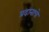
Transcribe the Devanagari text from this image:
प्रदानाचे